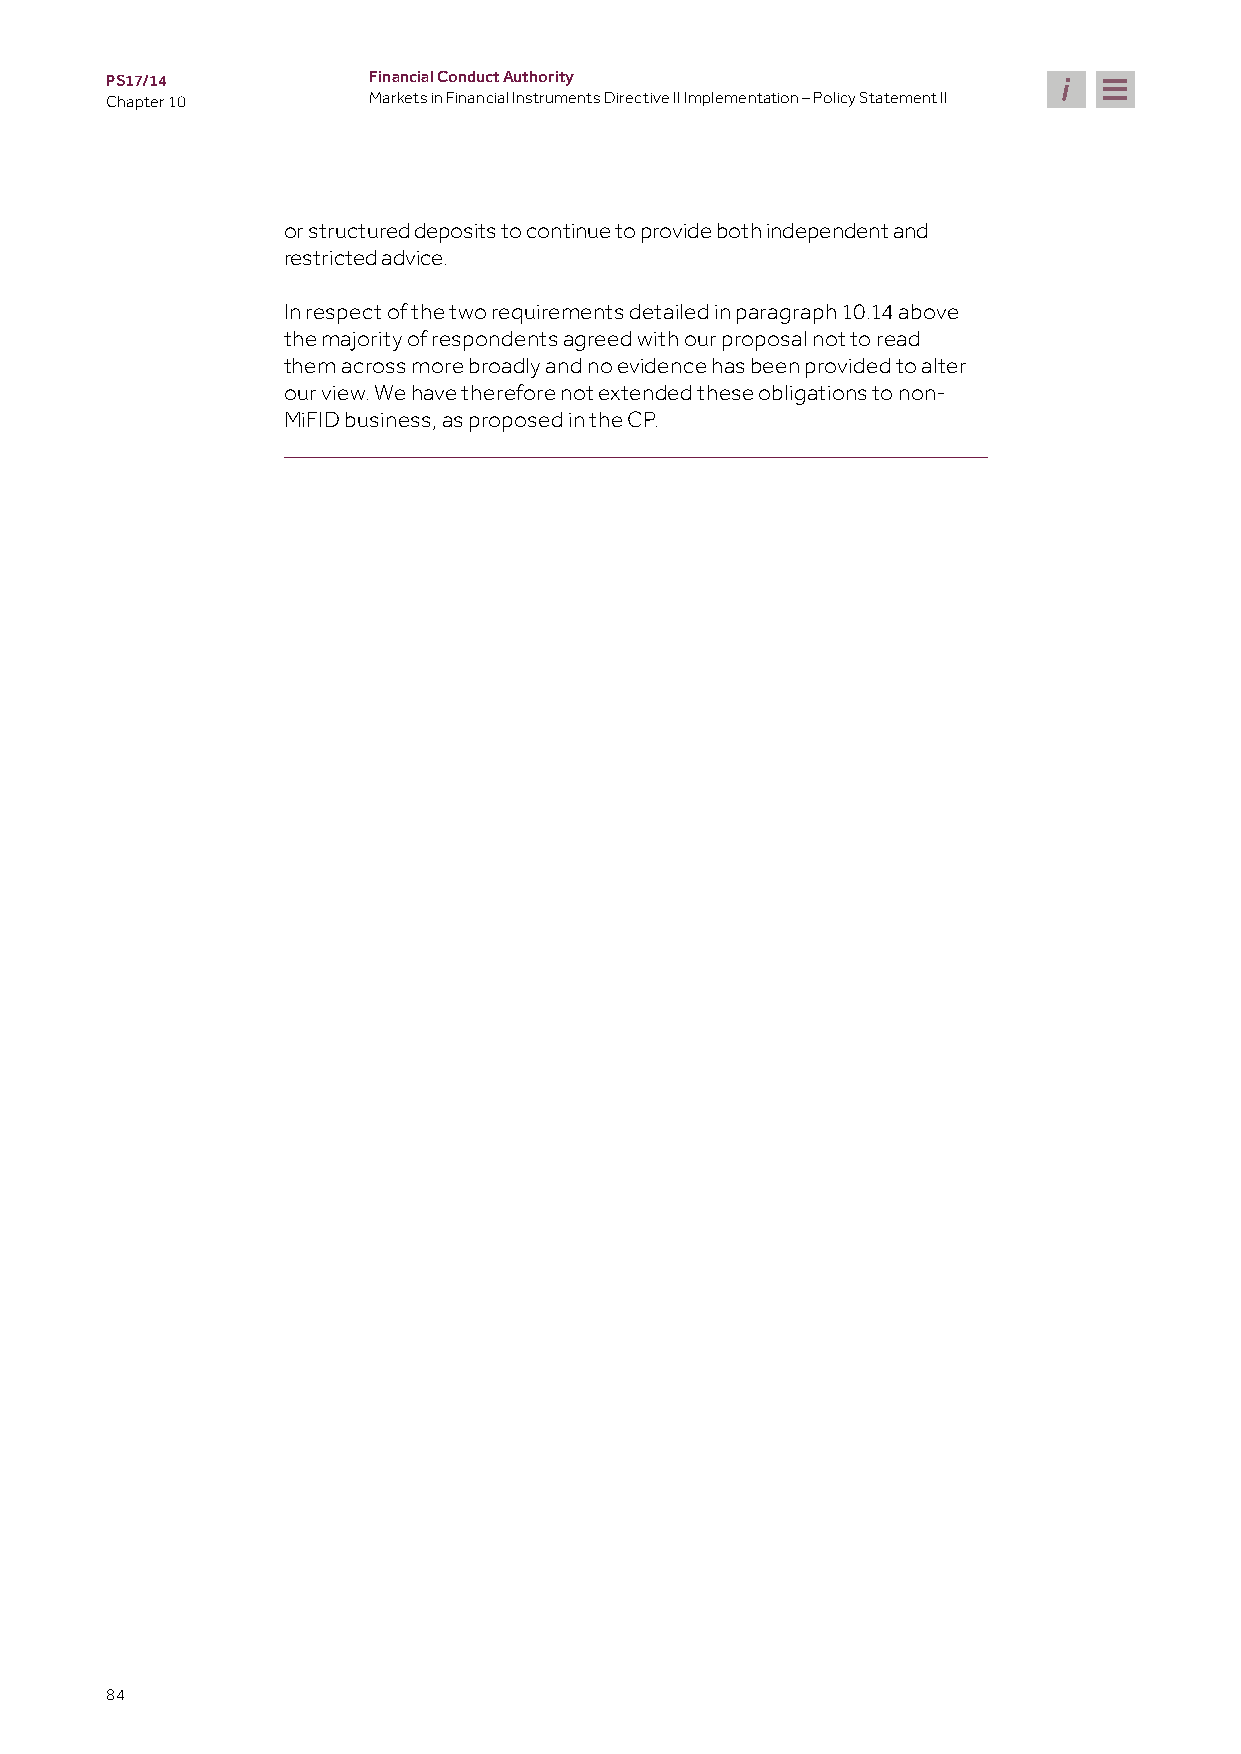
PS17/14          Financial Conduct Authority
 Chapter 10       Markets in Financial Instruments Directive II Implementation – Policy Statement II
 or structured deposits to continue to provide both independent and
 restricted advice.
 In respect of the two requirements detailed in paragraph 10.14 above
 the majority of respondents agreed with our proposal not to read
 them across more broadly and no evidence has been provided to alter
 our view. We have therefore not extended these obligations to non-
 MiFID business, as proposed in the CP.
 84